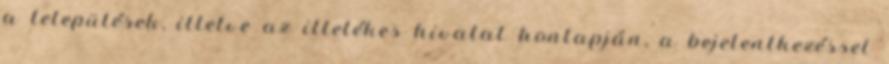
a települések, illetve az illetékes hivatal honlapján, a bejelentkezéssel